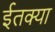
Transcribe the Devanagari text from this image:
ईतक्या